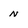
Character: n